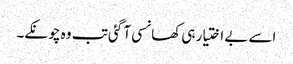
اسے بے اختیار ہی کھانسی آ گئی تب وہ چونکے۔